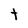
Character: t